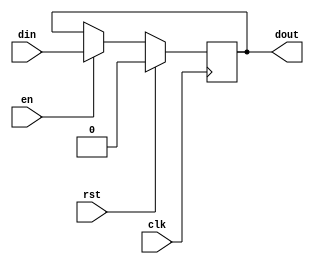
module flipflop(/*AUTOARG*/
   // Outputs
   dout,
   // Inputs
   din, clk, en, rst
   );
	parameter WIDTH = 1;
	
	input [WIDTH-1:0] din;
	input clk;
	input en;
	input rst;

	output [WIDTH-1:0] dout;
	
	reg [WIDTH-1:0] dout;
	
	always @( posedge clk )
	begin
		if ( rst )
			dout <= 0;
		else if ( en )
			dout <= din;
	end
	
endmodule
// cmh